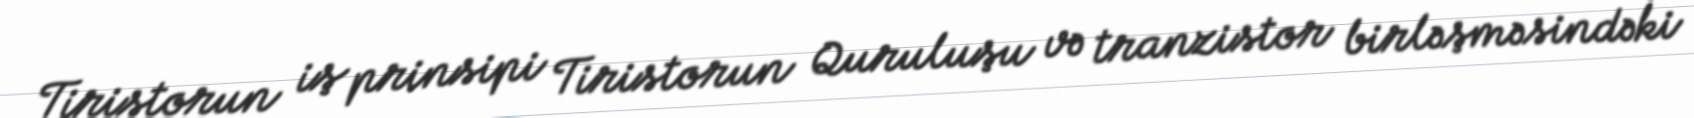
Tiristorun iş prinsipi Tiristorun Quruluşu və tranzistor birləşməsindəki